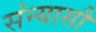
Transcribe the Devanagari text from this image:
संन्यासौ